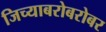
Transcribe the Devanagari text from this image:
जिच्याबरोबरोबर